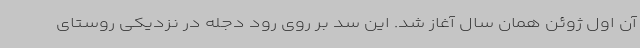
آن اول ژوئن همان سال آغاز شد. این سد بر روی رود دجله در نزدیکی روستای